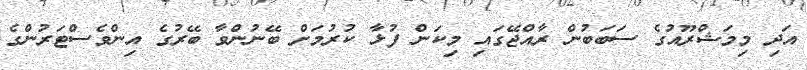
އަދި މިމަޝްރޫއުގެ ސަބަބުން ރާއްޖޭގައި މިކަން ފުޅާ ކުރުމަށް ބޭނުންވާ ބޭރުގެ އިންވެސްޓަރުންގެ